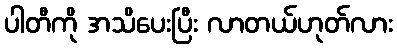
ပါတီကို အသိပေးပြီး လာတယ်ဟုတ်လား